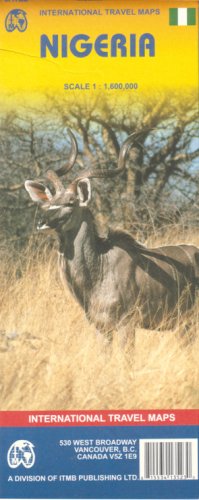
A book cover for Nigeria 1:6,000,000 Travel Map 2007*** (International Travel Maps); ITM Canada; Travel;